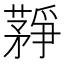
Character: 𦽰